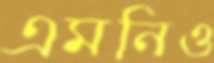
এমনিও